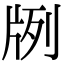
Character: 𤖺